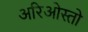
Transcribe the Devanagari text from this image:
अरिओस्तो